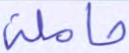
حاملة